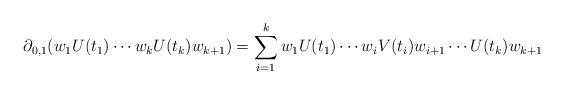
LaTeX: \begin{align*}\partial_{0,1}(w_{1}U(t_{1})\cdots w_{k}U(t_{k})w_{k+1})=\sum_{i=1}^{k}w_{1}U(t_{1})\cdots w_{i}V(t_{i})w_{i+1}\cdots U(t_{k})w_{k+1}\end{align*}